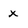
Character: x